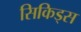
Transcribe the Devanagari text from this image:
सिकिड्स